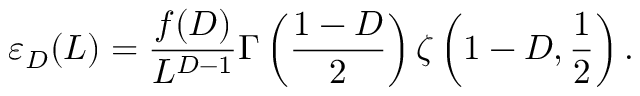
\varepsilon _ { D } ( L ) = \frac { f ( D ) } { L ^ { D - 1 } } \Gamma \left( \frac { 1 - D } { 2 } \right) \zeta \left( 1 - D , \frac 1 { 2 } \right) .